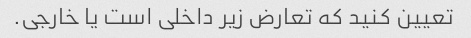
تعیین کنید که تعارض زیر داخلی است یا خارجی.